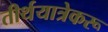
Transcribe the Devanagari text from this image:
तीर्थयात्रेकरू